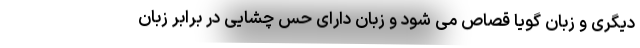
دیگری و زبان گویا قصاص می شود و زبان دارای حس چشایی در برابر زبان